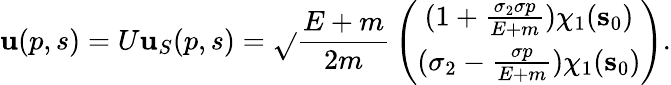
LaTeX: \mathbf{u}(p,s)=U\mathbf{u}_{S}(p,s)=\sqrt{}{{{\frac{{E+m}}{{2m}}}}}\left(\begin{array}{c}{{(1+{\frac{\sigma_{2}{\mathbf\sigma p}}{E+m}})\chi_{1}({\mathbf s}_{0})}}\\ {{(\sigma_{2}-{\frac{\mathbf\sigma p}{E+m}})\chi_{1}({\mathbf s}_{0})}}\end{array}\right).